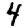
Digit: 4